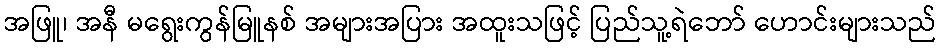
အဖြူ၊ အနီ မရွေးကွန်မြူနစ် အများအပြား အထူးသဖြင့် ပြည်သူ့ရဲဘော် ဟောင်းများသည်